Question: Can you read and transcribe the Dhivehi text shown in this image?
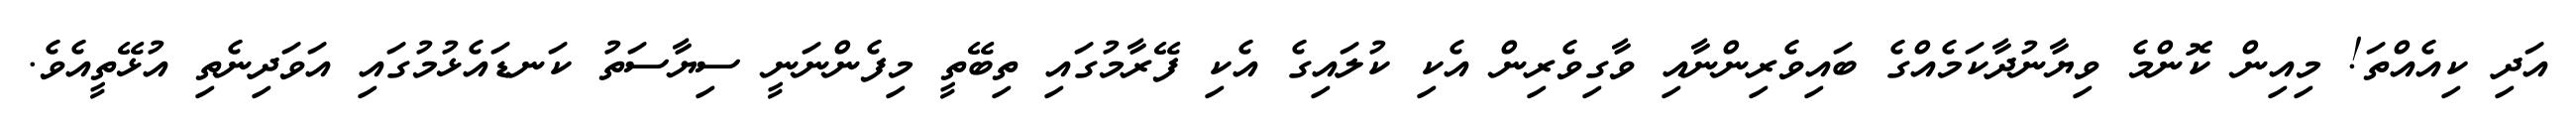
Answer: އަދި ކިއެއްތަ! މިއިން ކޮންމެ ވިޔާނުދާކަމެއްގެ ބައިވެރިންނާއި ވާގިވެރިން އެކި ކުލައިގެ އެކި ފޭރާމުގައި ތިބޭތީ މިފެންނަނީ ސިޔާސަތު ކަނޑައެޅުމުގައި އަވަދިނެތި އުޅޭތީއެވެ.